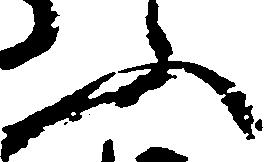
ふ